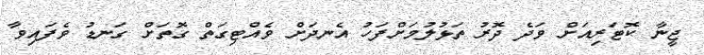
ޖީނާ ކޮޓަރިއަށް ވަދެ ދޮރު ތަޅުލުމަށްފަހު އެނދަށް ވެއްޓިގަތް ގޮތަށް ގަނޑު ވެފައިވާ